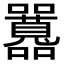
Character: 𡅻